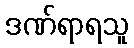
ဒဏ်ရာရသူ